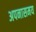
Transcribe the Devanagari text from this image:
अपनासमय